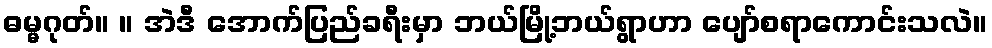
ဓမ္မဂုတ်။ ။ အဲဒီ အောက်ပြည်ခရီးမှာ ဘယ်မြို့ဘယ်ရွာဟာ ပျော်စရာကောင်းသလဲ။